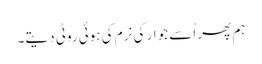
ہم پھر اُسے جوار کی نرم کی ہوئی روٹی دیتے۔